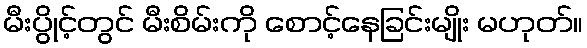
မီးပွိုင့်တွင် မီးစိမ်းကို စောင့်နေခြင်းမျိုး မဟုတ်။